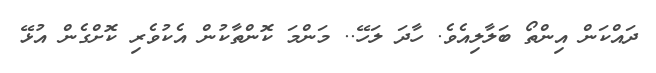
ދައްކަން އިންތޯ ބަލާލިއެވެ. ހާދަ ލަހޭ.. މަންމަ ކޮންތާކުން އެކުވެރި ކޮށްގެން އުޅޭ